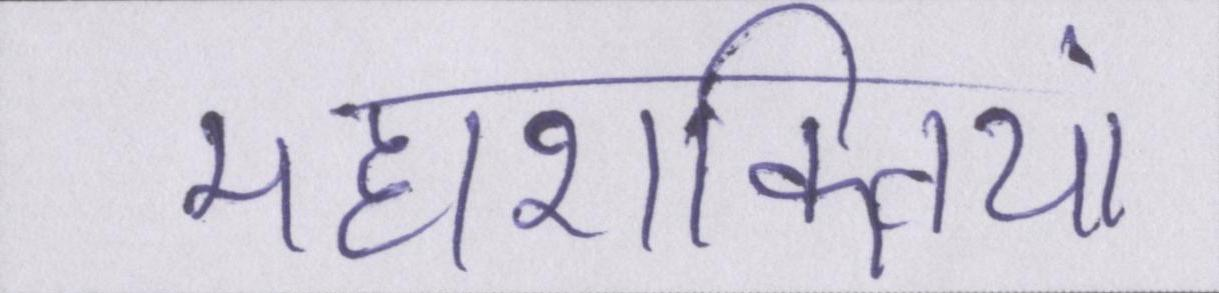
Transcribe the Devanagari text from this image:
महाशक्तियां